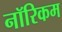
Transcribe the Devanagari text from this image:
नॉरिकम